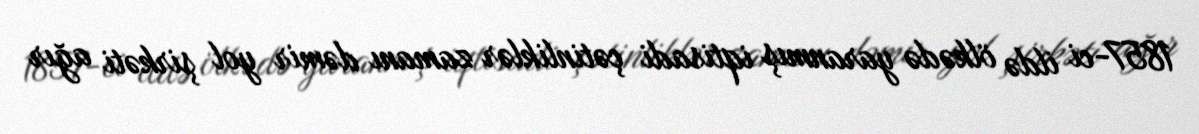
1857-ci ildə ölkədə yaranmış iqtisadi çətinliklər zamanı dəmir yol şirkəti ağır